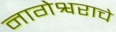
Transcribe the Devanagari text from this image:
नागेेश्वराचे